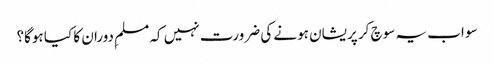
سو اب یہ سوچ کر پریشان ہونے کی ضرورت نہیں کہ مسلمِ دوران کا کیا ہوگا؟